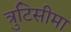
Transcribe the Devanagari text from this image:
त्रुटिसीमा